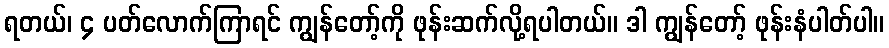
ရတယ်၊ ၄ ပတ်လောက်ကြာရင် ကျွန်တော့်ကို ဖုန်းဆက်လို့ရပါတယ်။ ဒါ ကျွန်တော့် ဖုန်းနံပါတ်ပါ။